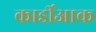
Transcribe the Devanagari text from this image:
कार्डीआक